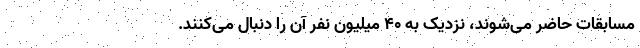
مسابقات حاضر می‌شوند، نزدیک به 40 میلیون نفر آن را دنبال می‌کنند.